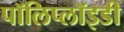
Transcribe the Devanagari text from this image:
पॉलिप्लॉइडी